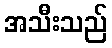
အသီးသည်